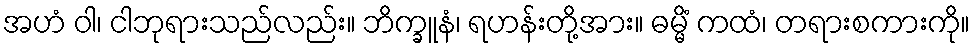
အဟံ ဝါ၊ ငါဘုရားသည်လည်း။ ဘိက္ခူနံ၊ ရဟန်းတို့အား။ ဓမ္မိံ ကထံ၊ တရားစကားကို။